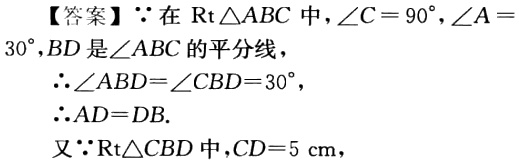
【答案】$\because$ 在 $\mathrm{Rt} \triangle ABC$ 中，$\angle C=90^{\circ}$，$\angle A = 30^{\circ}$，$BD$ 是 $\angle ABC$ 的平分线，
$\therefore \angle ABD = \angle CBD = 30^{\circ}$，
$\therefore AD = DB$.
又 $\because \mathrm{Rt} \triangle CBD$ 中，$CD = 5\ \mathrm{cm}$，